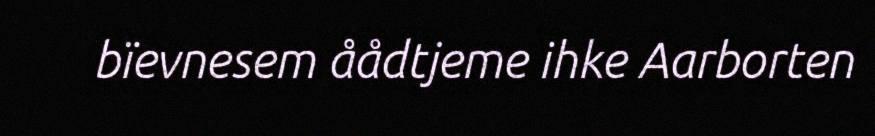
bïevnesem åådtjeme ihke Aarborten